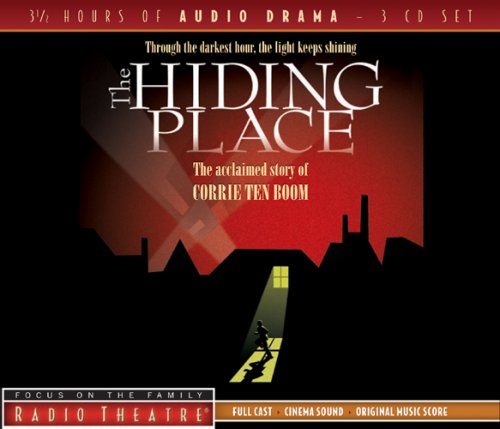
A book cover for The Hiding Place (Radio Theatre); Humor & Entertainment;